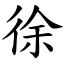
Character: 徐